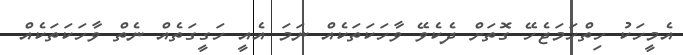
އެމީހަކު ހިތްހަމަޖެހޭ ގޮތަށް ދެކެވޭ ވާހަކަތަކެއް ނަމަ އެއީ ހަގީގަތެއް ނެތް ވާހަކަތަކެއް